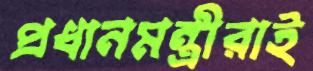
প্রধানমন্ত্রীরাই